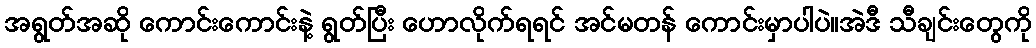
အရွတ်အဆို ကောင်းကောင်းနဲ့ ရွတ်ပြီး ဟောလိုက်ရရင် အင်မတန် ကောင်းမှာပါပဲ။အဲဒီ သီချင်းတွေကို